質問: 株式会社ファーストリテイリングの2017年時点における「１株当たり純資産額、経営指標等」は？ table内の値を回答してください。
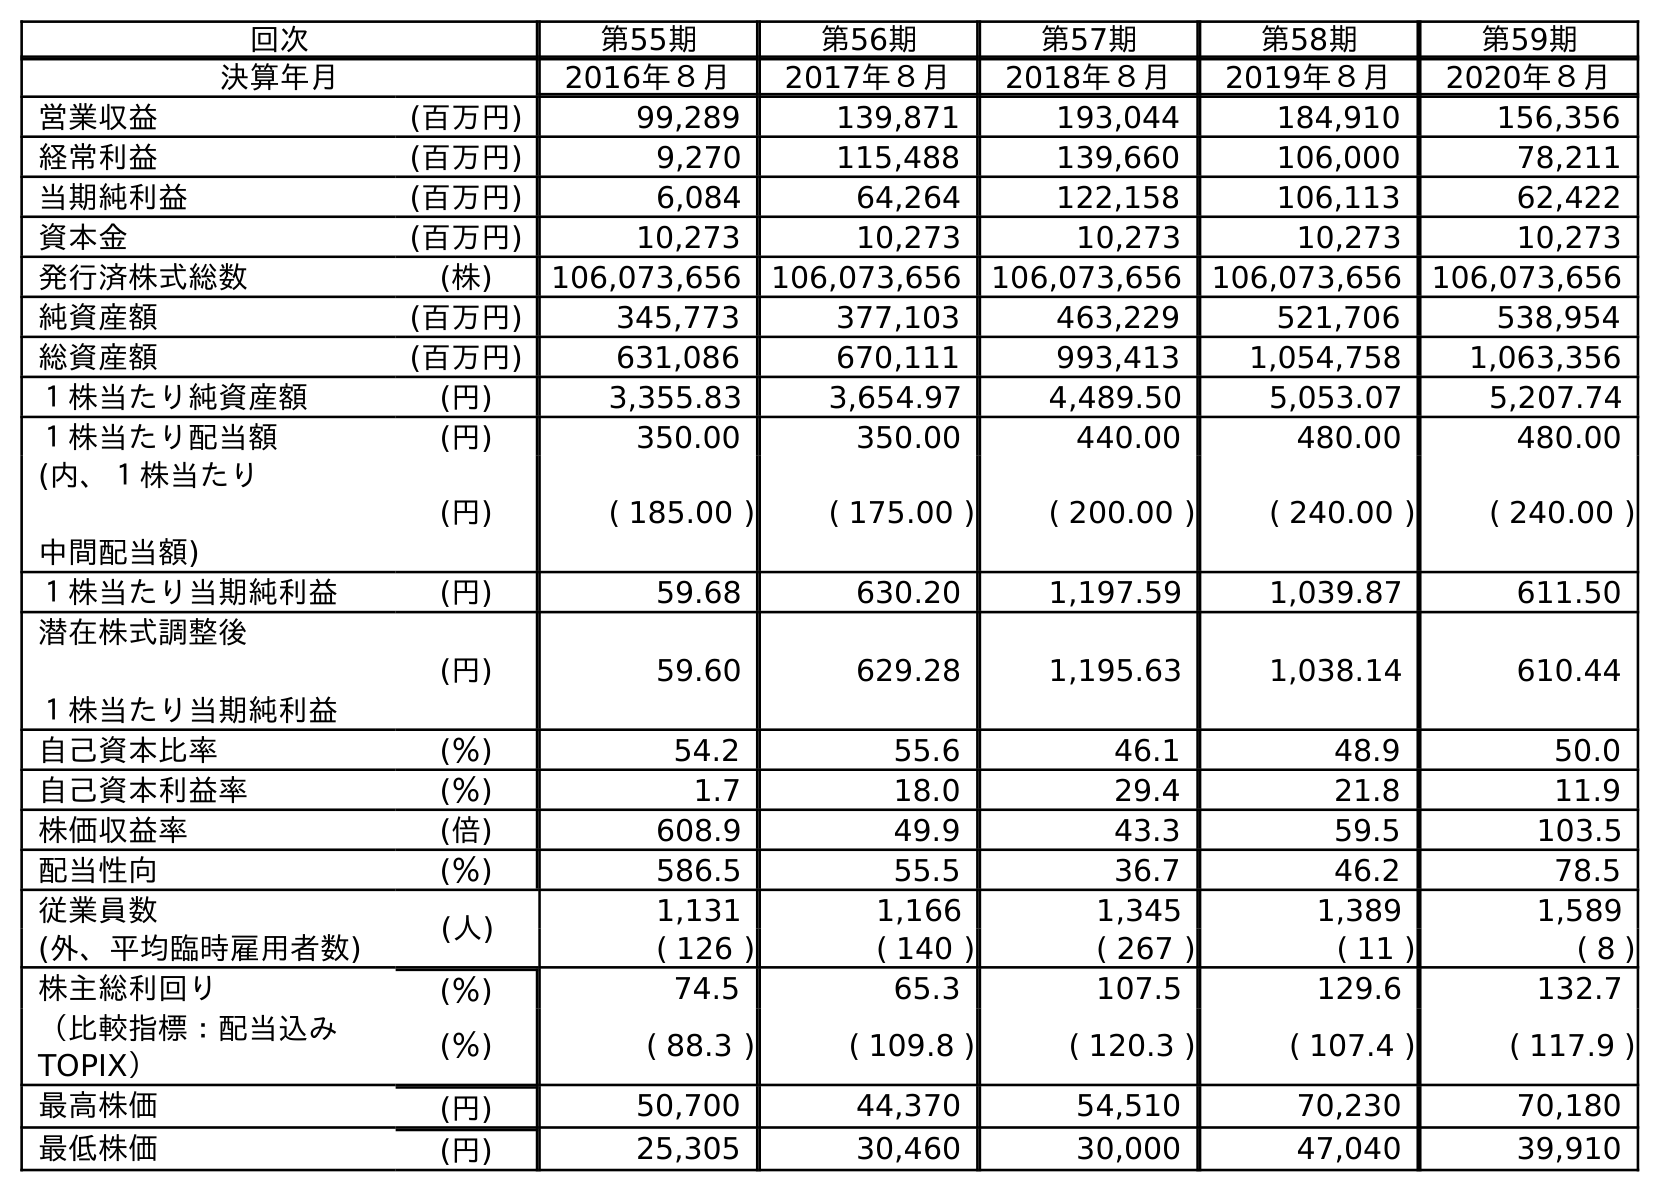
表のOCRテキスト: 回次 第55期 第56期 第57期 第58期 第59期 決算年月 2016年８月 2017年８月 2018年８月 2019年８月 2020年８月 営業収益 (百万円) 99,289 139,871 193,044 184,910 156,356 経常利益 (百万円) 9,270 115,488 139,660 106,000 78,211 当期純利益 (百万円) 6,084 64,264 122,158 106,113 62,422 資本金 (百万円) 10,273 10,273 10,273 10,273 10,273 発行済株式総数 (株) 106,073,656 106,073,656 106,073,656 106,073,656 106,073,656 純資産額 (百万円) 345,773 377,103 463,229 521,706 538,954 総資産額 (百万円) 631,086 670,111 993,413 1,054,758 1,063,356 １株当たり純資産額 (円) 3,355.83 3,654.97 4,489.50 5,053.07 5,207.74 １株当たり配当額 (円) 350.00 350.00 440.00 480.00 480.00 (内、１株当たり 中間配当額) (円) ( 185.00 ) ( 175.00 ) ( 200.00 ) ( 240.00 ) ( 240.00 ) １株当たり当期純利益 (円) 59.68 630.20 1,197.59 1,039.87 611.50 潜在株式調整後 １株当たり当期純利益 (円) 59.60 629.28 1,195.63 1,038.14 610.44 自己資本比率 (％) 54.2 55.6 46.1 48.9 50.0 自己資本利益率 (％) 1.7 18.0 29.4 21.8 11.9 株価収益率 (倍) 608.9 49.9 43.3 59.5 103.5 配当性向 (％) 586.5 55.5 36.7 46.2 78.5 従業員数 (人) 1,131 1,166 1,345 1,389 1,589 (外、平均臨時雇用者数) ( 126 ) ( 140 ) ( 267 ) ( 11 ) ( 8 ) 株主総利回り (％) 74.5 65.3 107.5 129.6 132.7 （比較指標：配当込み TOPIX） (％) ( 88.3 ) ( 109.8 ) ( 120.3 ) ( 107.4 ) ( 117.9 ) 最高株価 (円) 50,700 44,370 54,510 70,230 70,180 最低株価 (円) 25,305 30,460 30,000 47,040 39,910
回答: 3,654.97